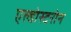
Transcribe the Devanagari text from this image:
एल्डोस्टरोन